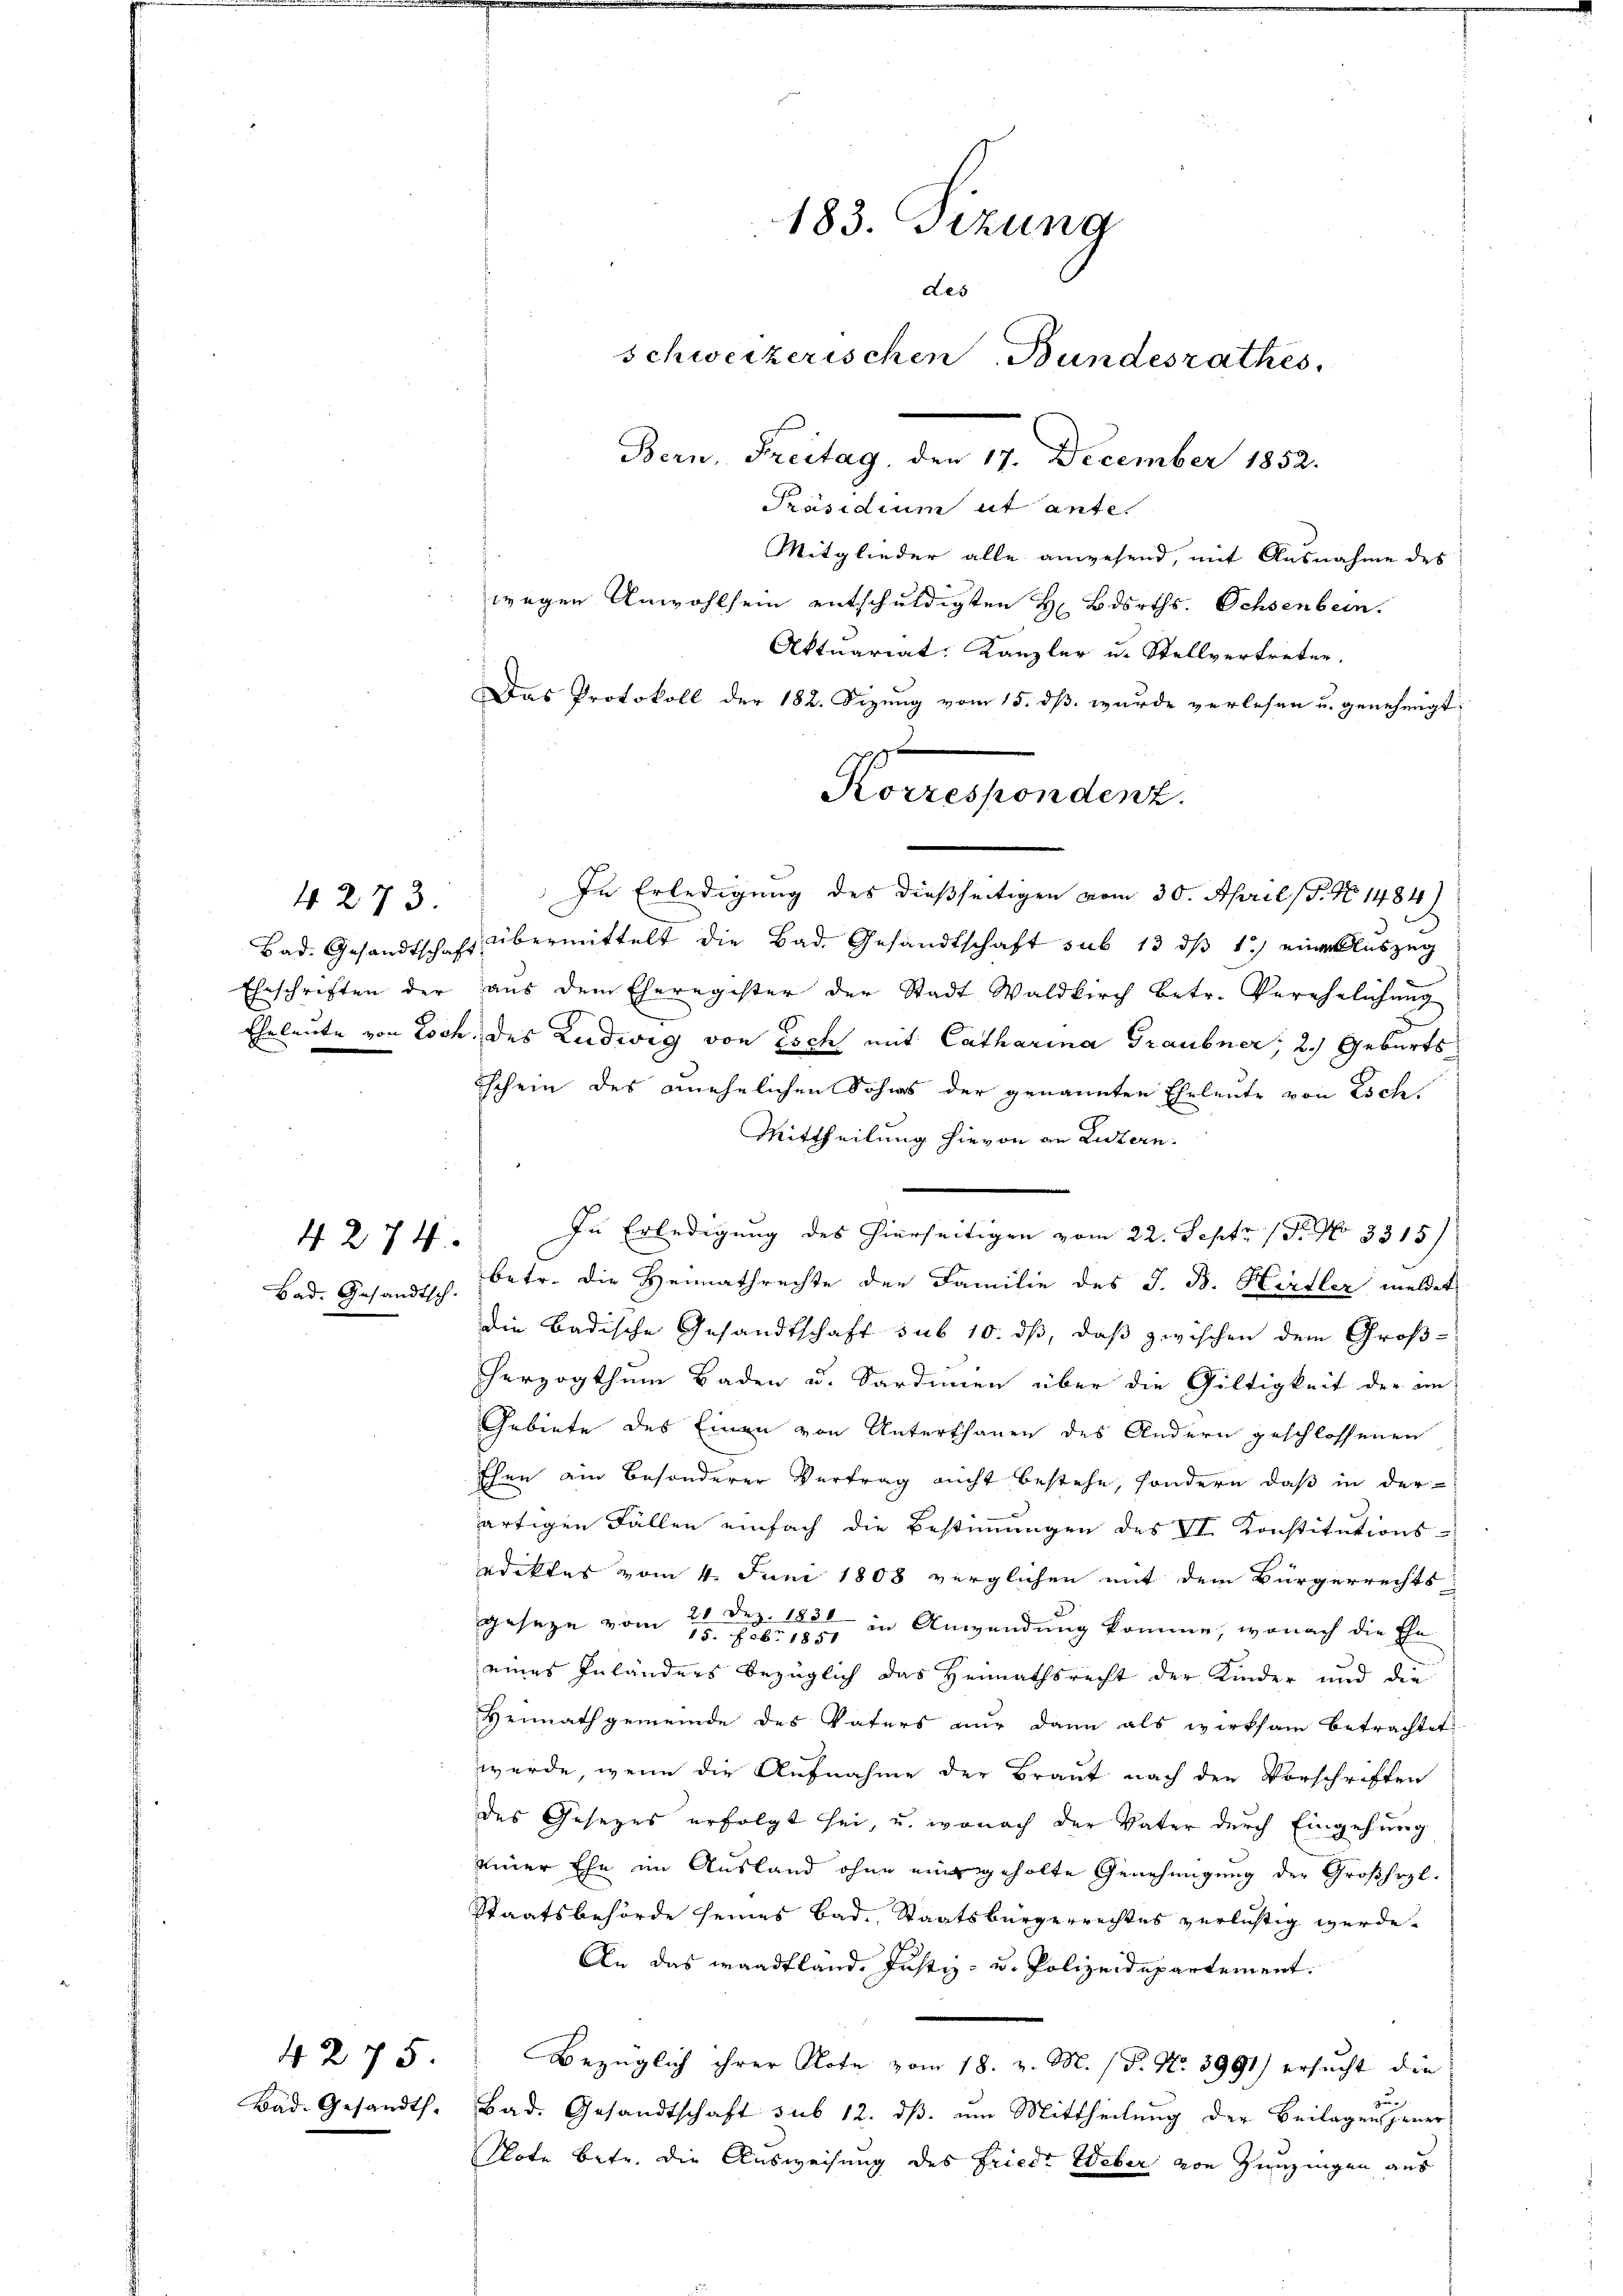
4273.

4274

Bad. Gesandtsch.

4275.

183. Sizung
des
schweizerischen Bundesrathes.
Bern, Freitag, den 17. December 1852.

Präsidium ut ante
Mitglieder alle anwesend, mit Ausnahme des
wegen Unwohlsein entschuldigten H Bdorths. Ochsenbern.
Aktuariat Kanzler u. Stellvertreten.
Das Protokoll der 182. Sizung vom 15. dß wurde verlesen u. genehmigt
In Erledigung des dießseitigen vom 30. April (T. N 1484)
Bad. Gesandtschaft übermittelt die Bad. Gesandtschaft sub 13 dß 1) eine Auszug
Eheschriften der aŭs dem Eheregister der Stadt Waldkirch betr. Verehelichŭng
Eheleute von Loch, des Ludwig von Esch mit Catharina Graubner; 2.) Geburtsschein des unehelichen Sohns der genannten Eheleute von Esch
Mittheilung hievon an Luzern.
In Erledigung des hierseitigen vom 22. Sept. 19. No 3315)
betr. die Heimathrechte der Familie des J. B. Hirtler meldet
die Badische Gesandtschaft sub 10. dβ, daß zwischen dem Großherzogthum Baden u. Sardinien über die Gültigkeit der an¬
Gebiete des Einen von Unterthanen des Andern geschlossenen
Ehen ain besonderer Vertrag nicht bestehe, sondern daß in der
artigen Fällen einfach die Bestimmungen des II. Konstitutions-
ediktes vom 4. Juni 1808 verglichen mit dem Bürgerrechts
geseze vom 2ten in Anwendung komme, wonach die Ehe
eines Inländers bezüglich das Heimathsrecht der Kinder und die
Heimathgemeinde des Vaters nŭr dann als wirksam betrachtet:
wurde, wenn die Aufnahme der Braut nach den Vorschriften
des Gesezes erfolgt sei, u. wonach der Vater durch Eingehung
einer Ehe im Ausland ohne eine geholte Genehmigung der Großherzl
Staatsbehörde seines Bad. Staatsbürgerrechtes verlichtig werde.
An das waadtland. Justiz- u. Polizeidepartement.
Bezüglich ihrer Note vom 18. v. M. (T. No 3991) ersucht die
zu
Bad. Gesandts. Bad. Gesandtschaft sub 12. dβ. ŭm Mittheilŭng der Beilagen jener
Note betr. die Ausweisung des Friede Weber von Zeuzingen aus

1
Korrespondenz.